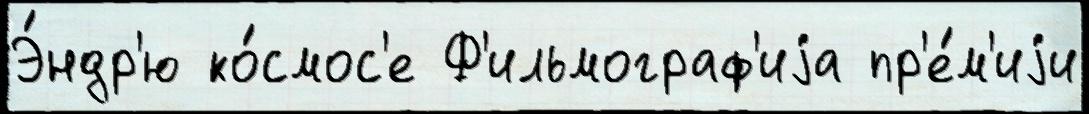
Э́ндр'ю ко́смос'е Ф'ильмограф'иjа пр'е́м'иjи